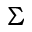
\Sigma